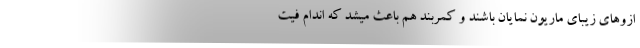
ازوهای زیبای ماریون نمایان باشند و کمربند هم باعث میشد که اندام فیت